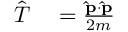
{ \begin{array} { r l } { { \hat { T } } } & { { } = { \frac { \mathbf { \hat { p } } \cdot \mathbf { \hat { p } } } { 2 m } } } \end{array} } \,